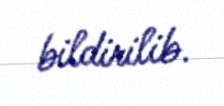
bildirilib.